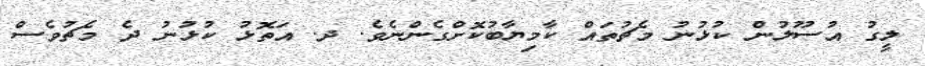
ލީގު އުސޫލުން ކުޅުނު މެޗުތައް ކާމިޔާބުކޮށްގެންނެވެ. ދ. އަތޮޅު ކުޅުނު ދެ މެޗުވެސް